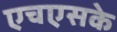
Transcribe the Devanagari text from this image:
एचएसके